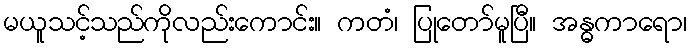
မယူသင့်သည်ကိုလည်းကောင်း။ ကတံ၊ ပြုတော်မူပြီ။ အန္ဓကာရော၊